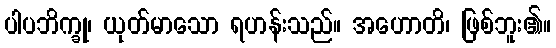
ပါပဘိက္ခု၊ ယုတ်မာသော ရဟန်းသည်။ အဟောတိ၊ ဖြစ်ဘူး၏။